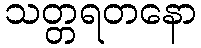
သတ္တရတနော